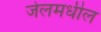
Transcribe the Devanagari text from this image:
जेलमधील